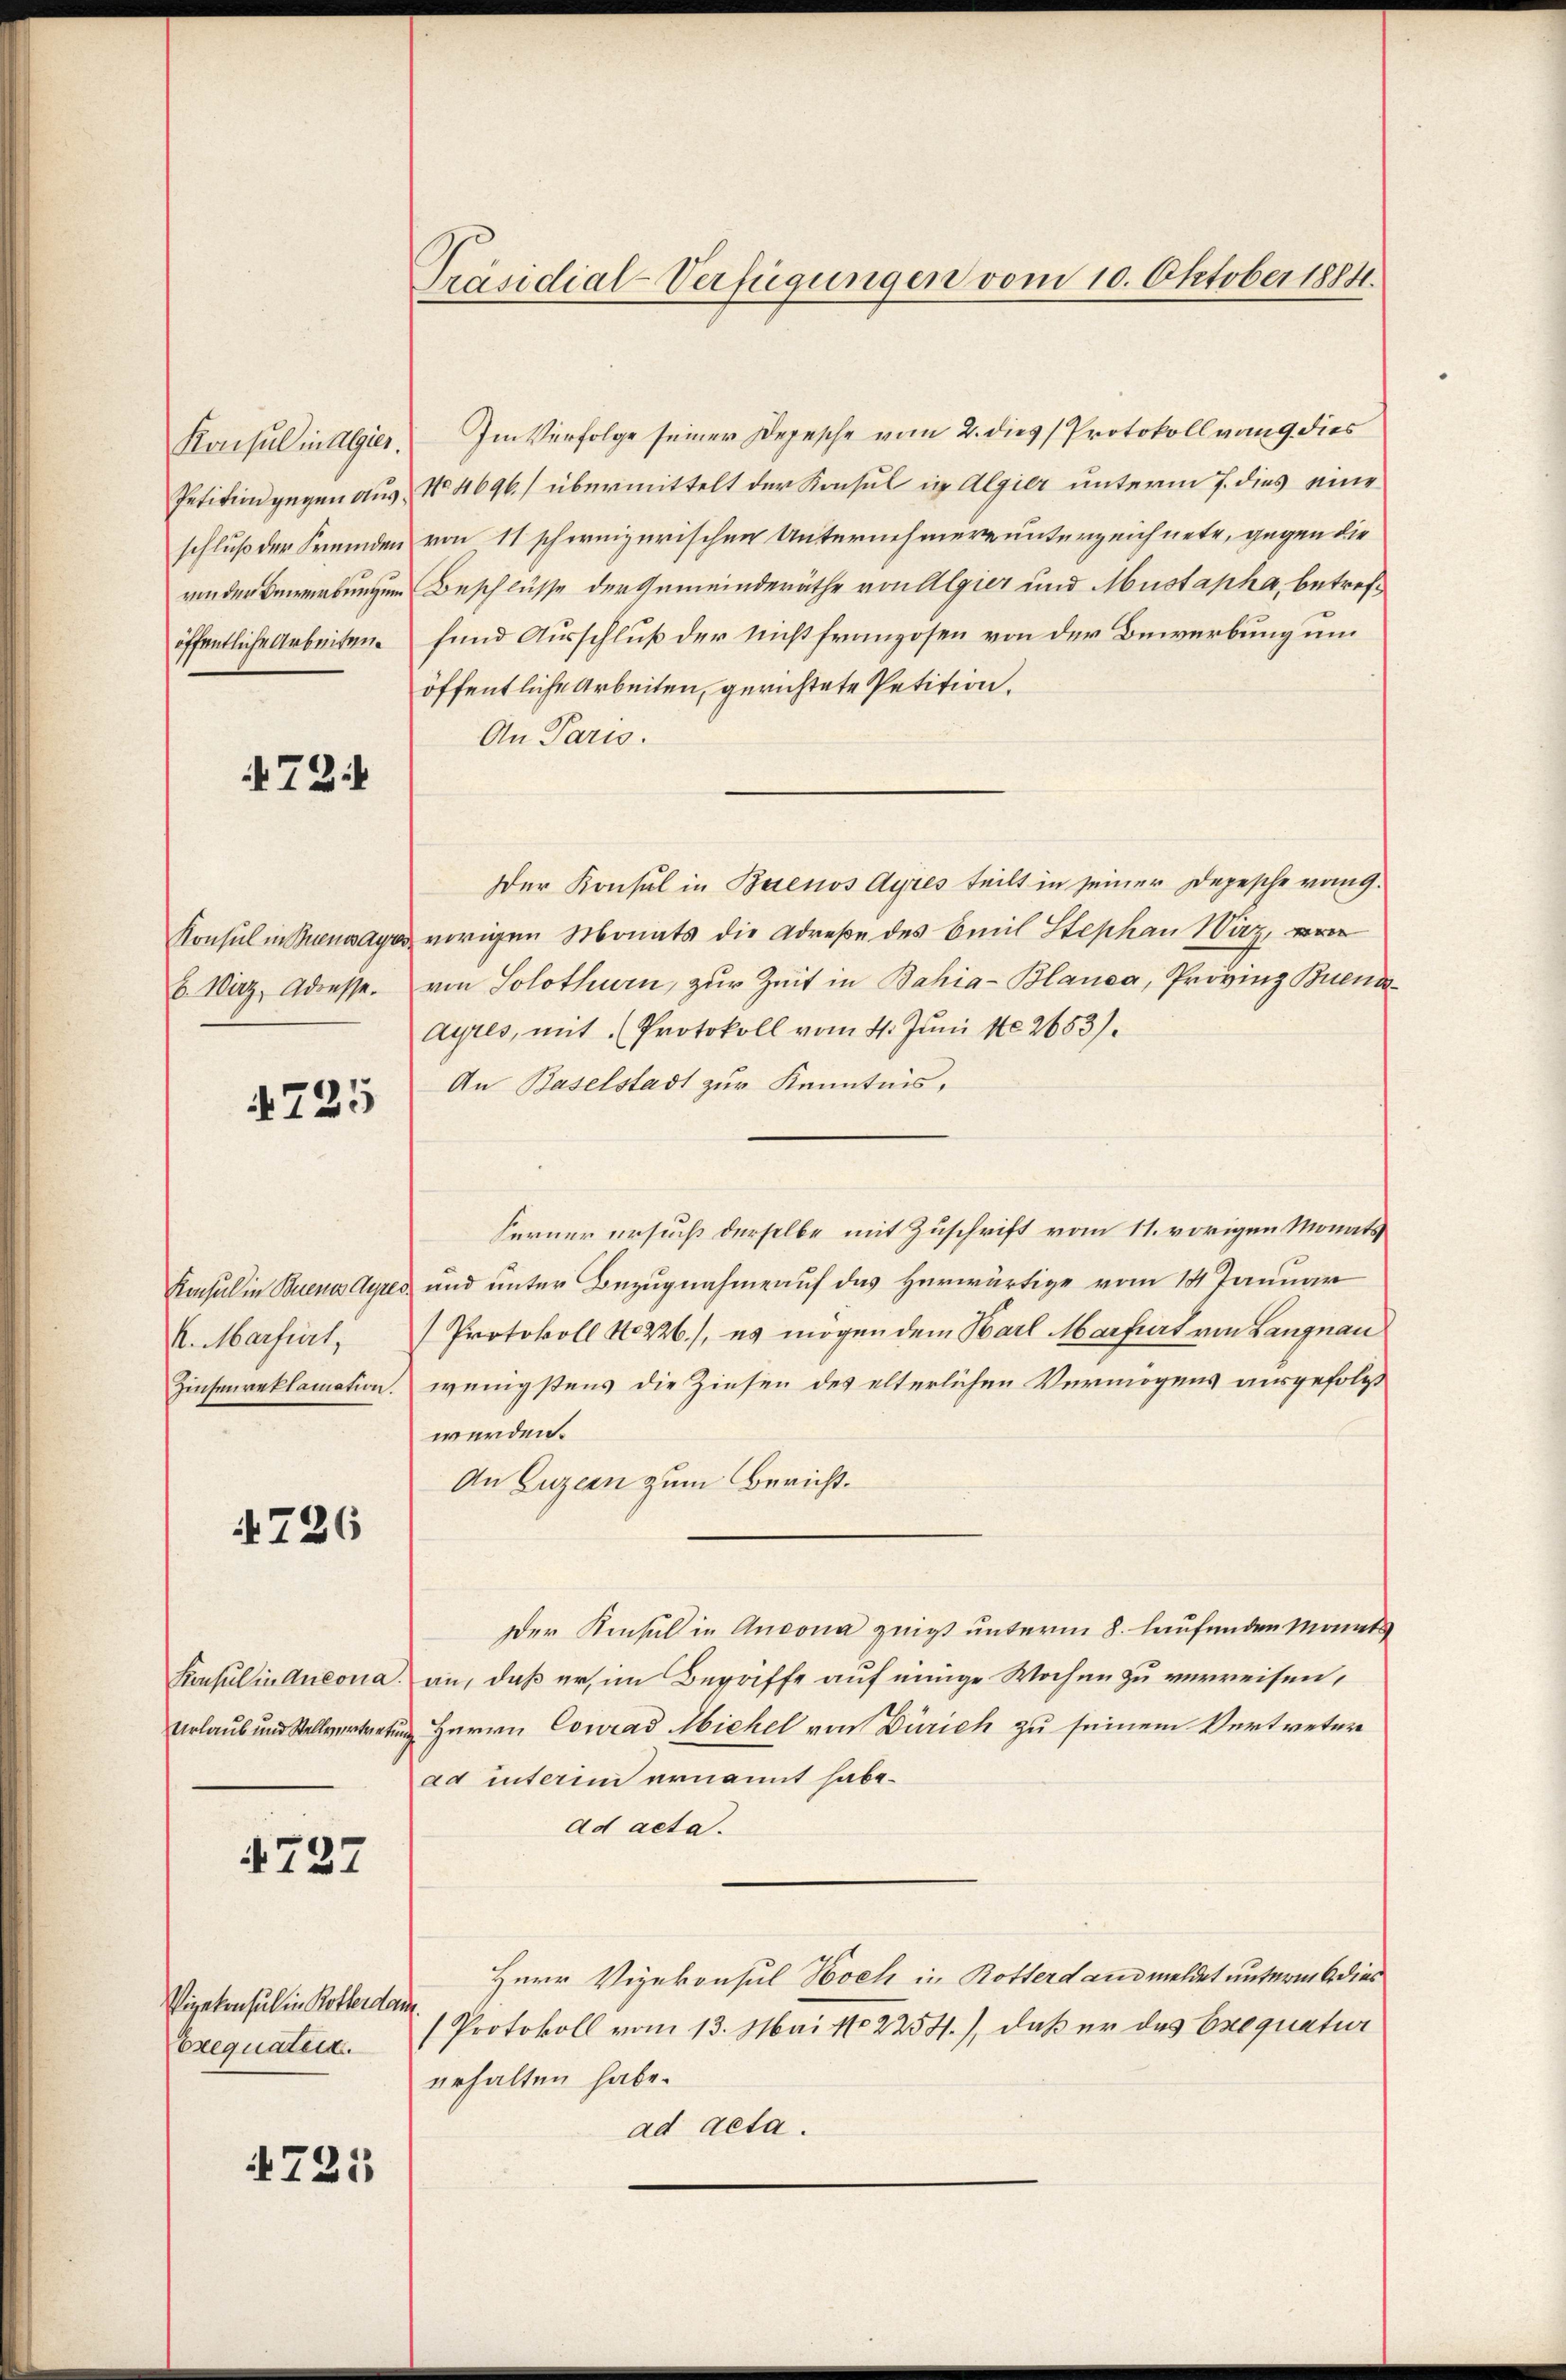
Konsul in Algier.
Petition gegen aus
schluß der Fremden
von der Bewerbungung
öffentliche Arbeiten.

721

Konsul in Buenmayer
b. Wirz, Adresse.

4725

Konsul in Buenos Ayres.
K. Martiert,
Zinsenreklamation.

4726

Konsul in Antona.
Urlaub und Stellvertretun

727

Vizekonsul in Rotterdan
Exequatein.

721

Präsidial-Verfügungen vom 10. Oktober 1884.

Im Verfolge seiner Depesche vom 2. dies Protokoll vom 9. dies
No. 4696) übermittelt der Konsul in Algier unterm 7. dies eine
von 11 schweizerischen Unternehmer unterzeichnete, gegen die
Beschlüsse der Gemeinderäthe von Algier und Mustapha, betreffund Ausschluß der nicht franzosen von der Bewerbung um
öffentliche Arbeiten, gerichtete Petition.
An Paris.
Der Konsul in Buenos Ayres teilt in seiner Depesche von 9.
vorigen Monats die Adreße des Emil Stephan Waz,
von Solothurn, zur Zeit in Bahia-Blanca, Provinz Buena¬
Ayres, mit Protokoll vom 4. Juni 182653).
An Baselstadt zur Kenntnis,
Ferner ersucht derselbe mit Zuschrift vom 11. vorigen Monats
und unter Bezugnahme auf das Herwärtige vom 14 Januar
Protokoll No 226), es mögen dem Barl Martiert von Langnau
wenigstens die Zinsen des elterlichen Vermögens ausgefolgt
werden.
An Luzern zum Bericht.
Der Konsul in Ansona zeigt unterm 8. laufenden Monats
an, daß er, im Beraffe auf einige Wochen zu verreisen,
Herrn Conrad Michel von Zürich zu seinem Vertreter
ad unterm ernannt habe.
ad acta.
Herr Vizekonsul Noch in Rotterdans meldet unterm 6 dies
Protokoll vom 13. Mai 182254), daß er das Exequatur
erhalten habe.
ad acta.